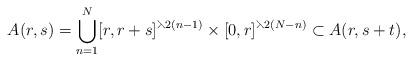
LaTeX: \begin{align*} A(r,s)&= \bigcup_{n=1}^N [r,r+s]^{\leftthreetimes2(n-1)}\times[0,r]^{\leftthreetimes2(N-n)}\subset A(r,s+t), \end{align*}